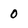
Character: 0